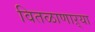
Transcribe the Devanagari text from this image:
वितळाणाऱ्या